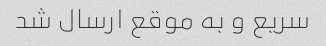
سریع و به موقع ارسال شد